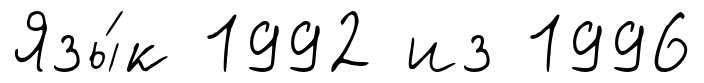
Язы́к 1992 из 1996